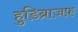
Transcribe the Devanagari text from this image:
हुडिब्राजफ़